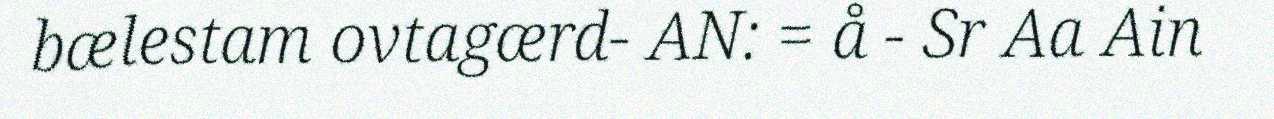
bælestam ovtagærd- AN: = å - Sr Aa Ain